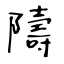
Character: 隯